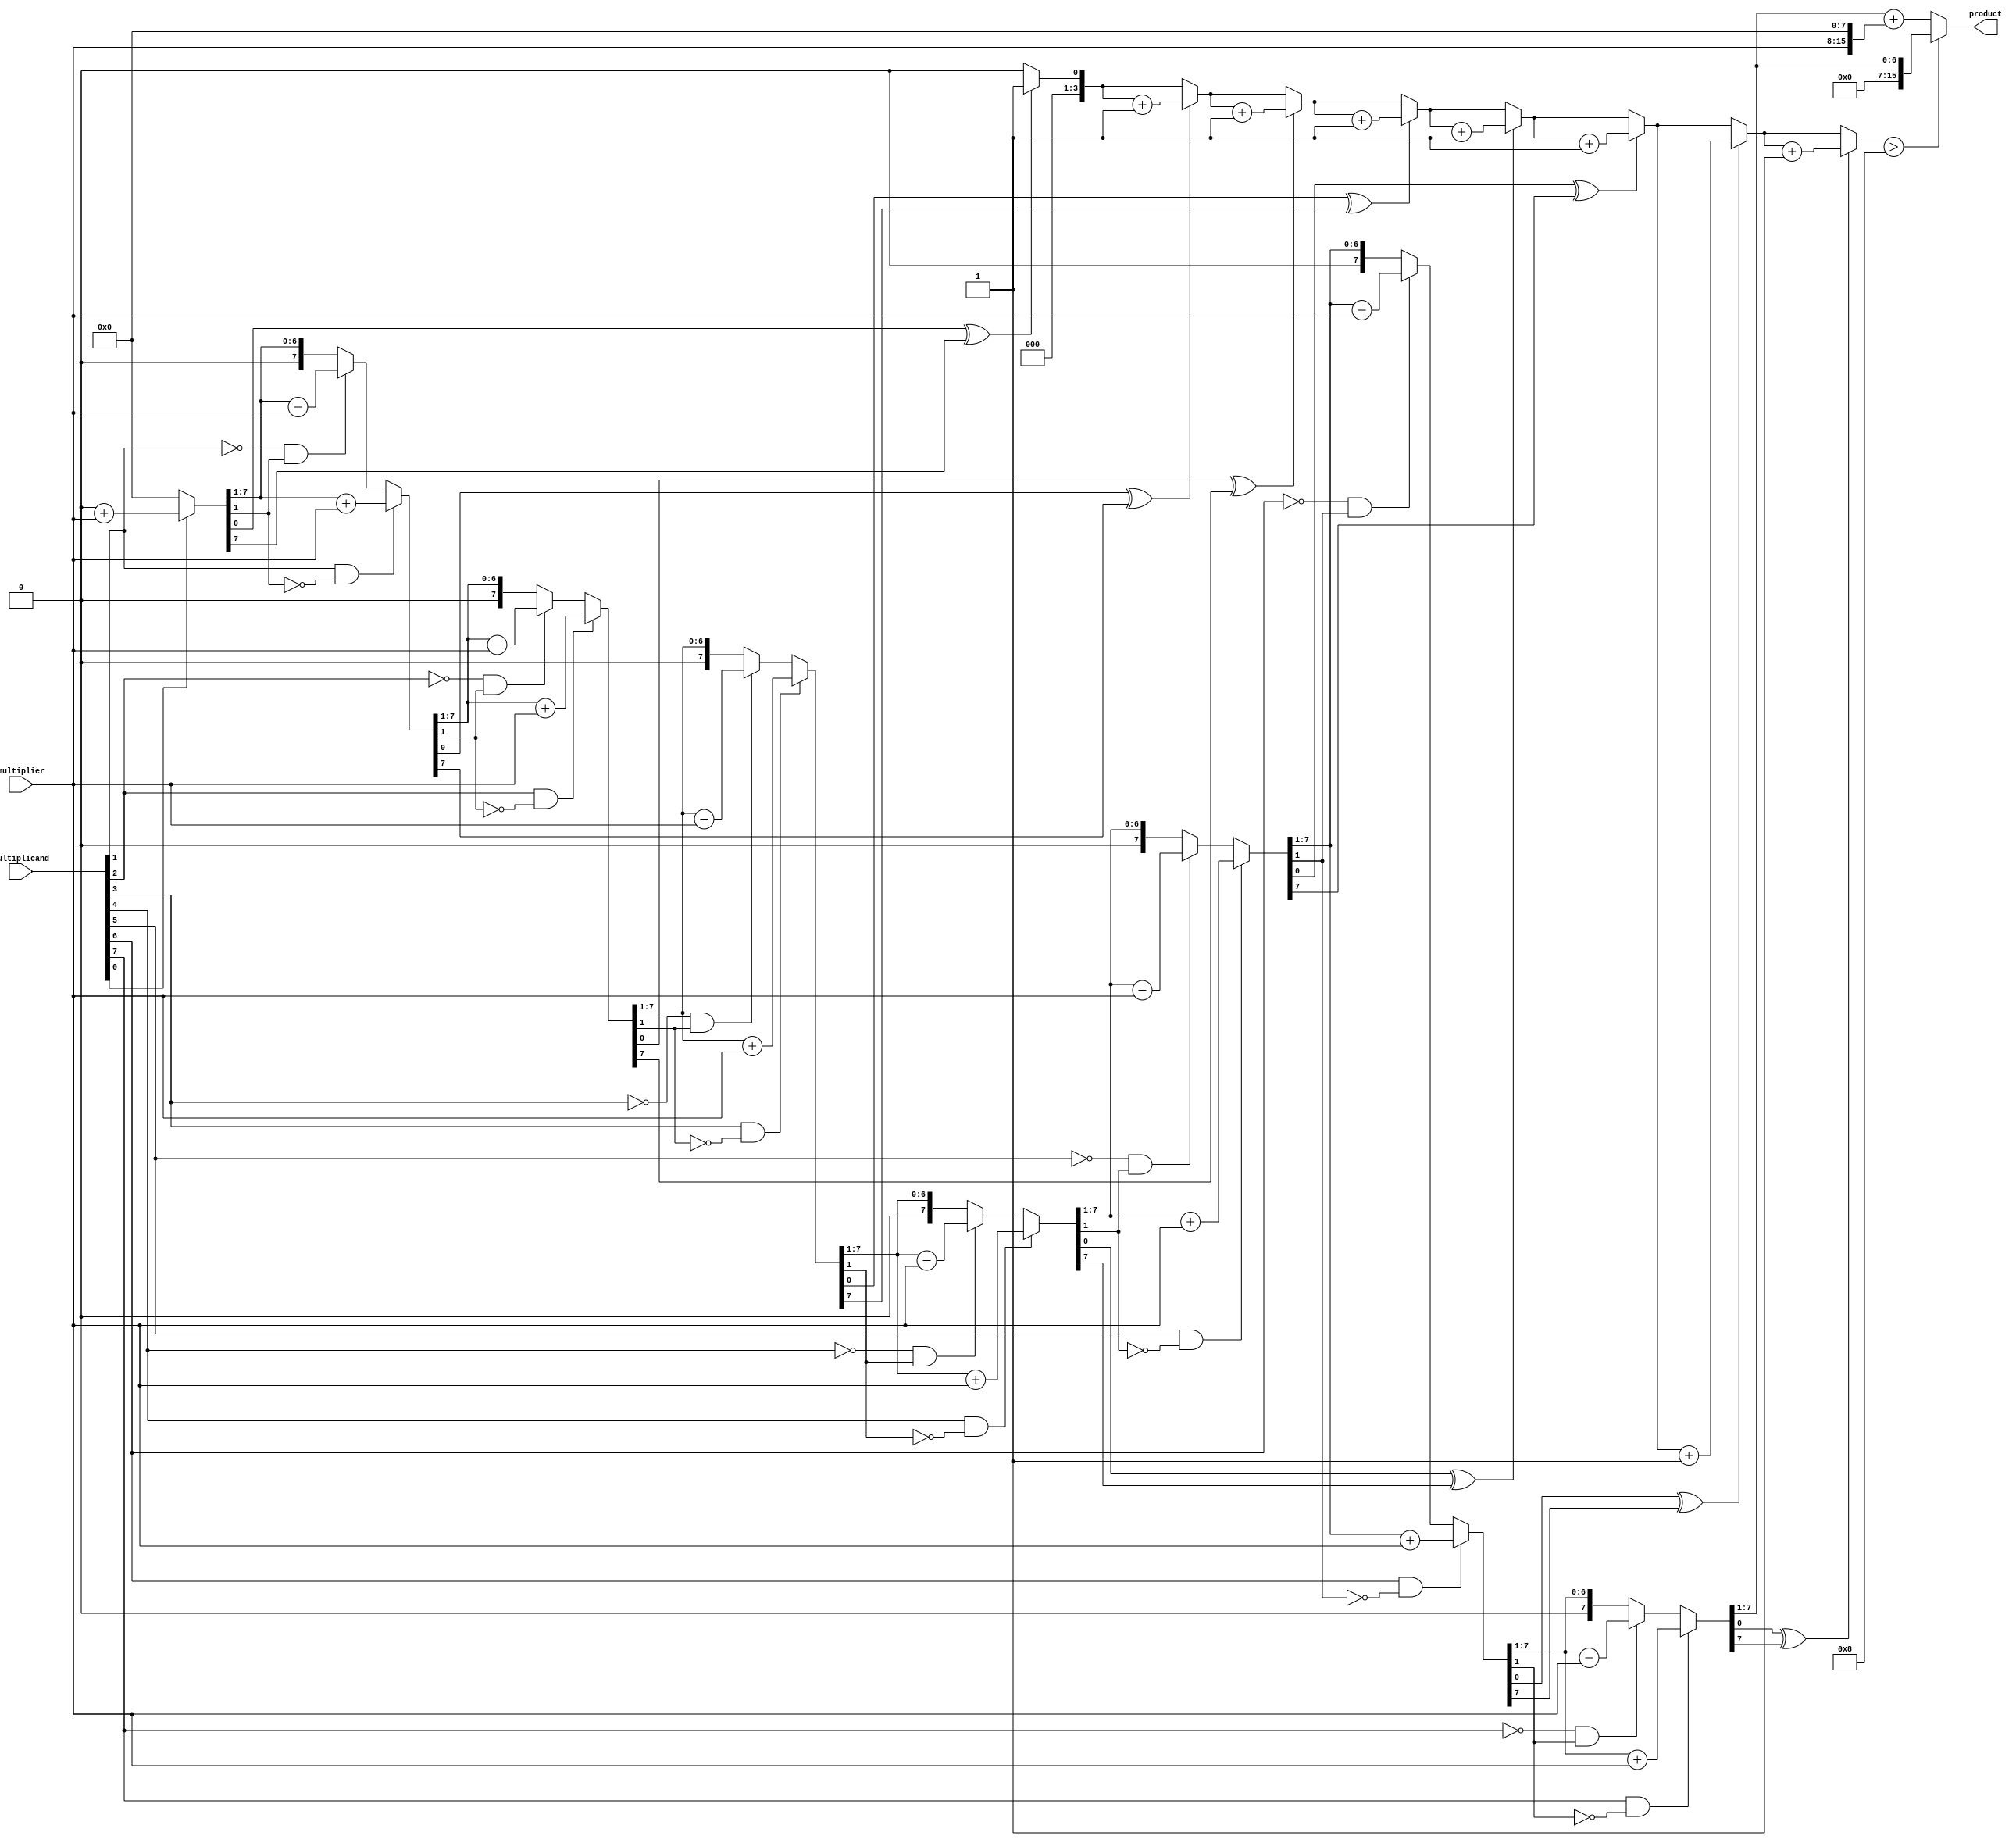
module booth_multiplier(
    input [7:0] multiplicand,
    input [7:0] multiplier,
    output reg [15:0] product
);

reg [7:0] A, S;
reg [3:0] counter;

always @(*) begin
    counter = 0;
    A = multiplicand;
    S = 0;
    product = 0;
    
    repeat(8) begin
        if(A[0] == 1 && S[0] == 0)
            S = S + multiplier;
        else if(A[0] == 0 && S[0] == 1)
            S = S - multiplier;
        
        if((S[0] ^ S[7]) == 1) 
            counter = counter + 1;
        
        S = S >> 1;
        A = A >> 1;
    end

    if(counter > 8)
        product = S;
    else
        product = S + (multiplier << 8);
end

endmodule